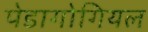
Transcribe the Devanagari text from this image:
पेडागोगियल